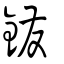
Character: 鏺